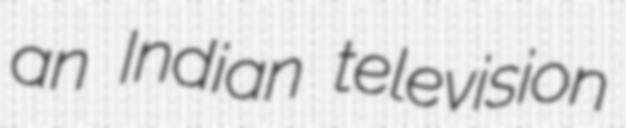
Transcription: an Indian television